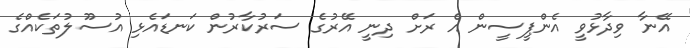
އޭނާ ވިދާޅުވީ އެންޕީސީން އެ ރަށް ދިނީ އޭރުގެ ސަރުކާރުން ކަނޑައެޅި އުސޫލުތަކެއްގެ